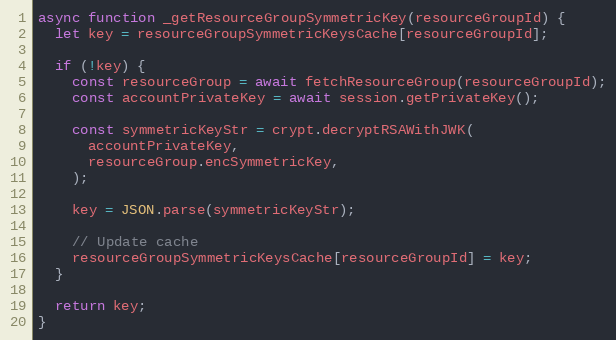
Language: JavaScript
async function _getResourceGroupSymmetricKey(resourceGroupId) {
  let key = resourceGroupSymmetricKeysCache[resourceGroupId];

  if (!key) {
    const resourceGroup = await fetchResourceGroup(resourceGroupId);
    const accountPrivateKey = await session.getPrivateKey();

    const symmetricKeyStr = crypt.decryptRSAWithJWK(
      accountPrivateKey,
      resourceGroup.encSymmetricKey,
    );

    key = JSON.parse(symmetricKeyStr);

    // Update cache
    resourceGroupSymmetricKeysCache[resourceGroupId] = key;
  }

  return key;
}